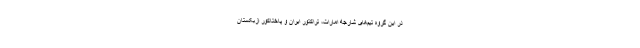
در این گروه تیم‌های شارجه امارات، تراکتور ایران و پاختاکور ازبکستان